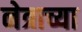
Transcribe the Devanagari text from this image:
नेत्राच्या